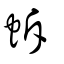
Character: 蚸